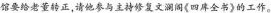
馆要给老董转正,请他参与主持修复文澜阁《四库全书》的工作。